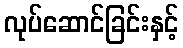
လုပ်ဆောင်ခြင်းနှင့်